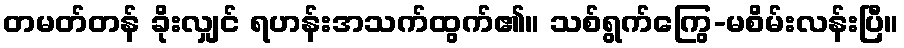
တမတ်တန် ခိုးလျှင် ရဟန်းအသက်ထွက်၏။ သစ်ရွက်ကြွေ-မစိမ်းလန်းပြီ။